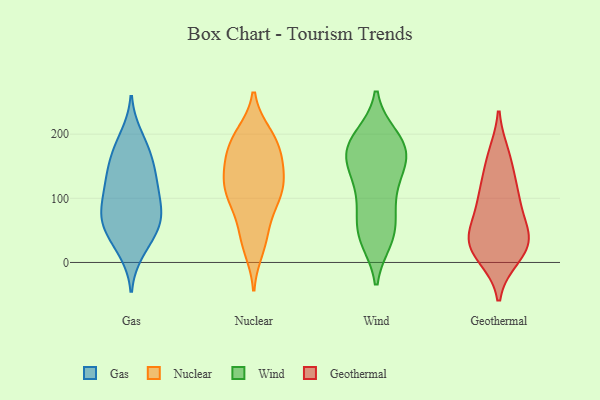
{"axis": {"x": "Demand Index", "y": "Value"}, "legend": ["Gas", "Geothermal", "Nuclear", "Wind"], "data": [{"x": "", "y": 17, "type": "Gas"}, {"x": "", "y": 161, "type": "Gas"}, {"x": "", "y": 191, "type": "Gas"}, {"x": "", "y": 197, "type": "Gas"}, {"x": "", "y": 155, "type": "Gas"}, {"x": "", "y": 64, "type": "Gas"}, {"x": "", "y": 70, "type": "Gas"}, {"x": "", "y": 100, "type": "Gas"}, {"x": "", "y": 79, "type": "Gas"}, {"x": "", "y": 130, "type": "Gas"}, {"x": "", "y": 112, "type": "Gas"}, {"x": "", "y": 22, "type": "Gas"}, {"x": "", "y": 143, "type": "Gas"}, {"x": "", "y": 110, "type": "Gas"}, {"x": "", "y": 108, "type": "Gas"}, {"x": "", "y": 164, "type": "Gas"}, {"x": "", "y": 63, "type": "Gas"}, {"x": "", "y": 57, "type": "Gas"}, {"x": "", "y": 63, "type": "Gas"}, {"x": "", "y": 44, "type": "Gas"}, {"x": "", "y": 119, "type": "Nuclear"}, {"x": "", "y": 115, "type": "Nuclear"}, {"x": "", "y": 110, "type": "Nuclear"}, {"x": "", "y": 144, "type": "Nuclear"}, {"x": "", "y": 40, "type": "Nuclear"}, {"x": "", "y": 111, "type": "Nuclear"}, {"x": "", "y": 85, "type": "Nuclear"}, {"x": "", "y": 150, "type": "Nuclear"}, {"x": "", "y": 38, "type": "Nuclear"}, {"x": "", "y": 123, "type": "Nuclear"}, {"x": "", "y": 194, "type": "Nuclear"}, {"x": "", "y": 179, "type": "Nuclear"}, {"x": "", "y": 172, "type": "Nuclear"}, {"x": "", "y": 197, "type": "Nuclear"}, {"x": "", "y": 162, "type": "Nuclear"}, {"x": "", "y": 22, "type": "Nuclear"}, {"x": "", "y": 85, "type": "Nuclear"}, {"x": "", "y": 199, "type": "Nuclear"}, {"x": "", "y": 160, "type": "Wind"}, {"x": "", "y": 195, "type": "Wind"}, {"x": "", "y": 111, "type": "Wind"}, {"x": "", "y": 143, "type": "Wind"}, {"x": "", "y": 187, "type": "Wind"}, {"x": "", "y": 160, "type": "Wind"}, {"x": "", "y": 37, "type": "Wind"}, {"x": "", "y": 42, "type": "Wind"}, {"x": "", "y": 148, "type": "Wind"}, {"x": "", "y": 49, "type": "Wind"}, {"x": "", "y": 191, "type": "Wind"}, {"x": "", "y": 179, "type": "Wind"}, {"x": "", "y": 177, "type": "Wind"}, {"x": "", "y": 100, "type": "Wind"}, {"x": "", "y": 83, "type": "Wind"}, {"x": "", "y": 44, "type": "Wind"}, {"x": "", "y": 50, "type": "Geothermal"}, {"x": "", "y": 56, "type": "Geothermal"}, {"x": "", "y": 166, "type": "Geothermal"}, {"x": "", "y": 103, "type": "Geothermal"}, {"x": "", "y": 27, "type": "Geothermal"}, {"x": "", "y": 39, "type": "Geothermal"}, {"x": "", "y": 104, "type": "Geothermal"}, {"x": "", "y": 157, "type": "Geothermal"}, {"x": "", "y": 21, "type": "Geothermal"}, {"x": "", "y": 24, "type": "Geothermal"}, {"x": "", "y": 104, "type": "Geothermal"}, {"x": "", "y": 10, "type": "Geothermal"}]}